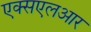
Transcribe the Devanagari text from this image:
एक्सएलआर